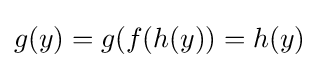
g(y)=g(f(h(y))=h(y)